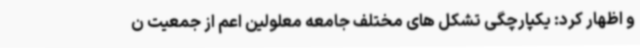
و اظهار کرد: یکپارچگی تشکل های مختلف جامعه معلولین اعم از جمعیت ن